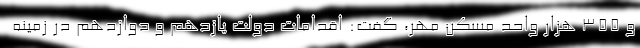
و ۳۵۵ هزار واحد مسکن مهر، گفت: اقدامات دولت یازدهم و دوازدهم در زمینه